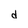
Character: d